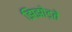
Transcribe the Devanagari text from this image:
झिझोड़ते